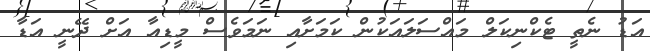
އަޑު ނެތީ ޓެކްނިކަލް މައްސަލައަކުން ކަމަށާއި ނަމަވެސް މީޑިއާ އަށް ދޭނީ އަޑާ